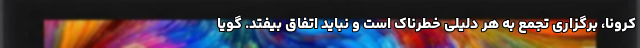
کرونا، برگزاری تجمع به هر دلیلی خطرناک است و نباید اتفاق بیفتد. گویا